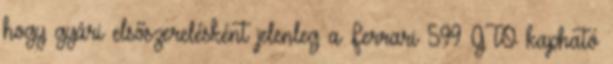
hogy gyári elsőszerelésként jelenleg a Ferrari 599 GTO kapható